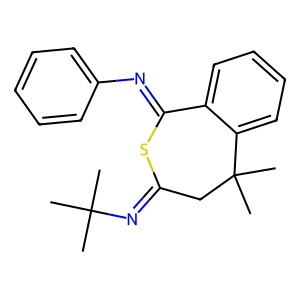
SMILES: CC(C)(C)N=C1CC(C)(C)c2ccccc2C(=Nc2ccccc2)S1
Inhibits HIV replication: No